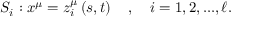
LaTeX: S _ { i } : x ^ { \mu } = z _ { i } ^ { \mu } \left( s , t \right) \quad , \quad i = 1 , 2 , . . . , \ell .